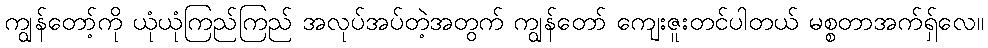
ကျွန်တော့်ကို ယုံယုံကြည်ကြည် အလုပ်အပ်တဲ့အတွက် ကျွန်တော် ကျေးဇူးတင်ပါတယ် မစ္စတာအက်ရှ်လေ။